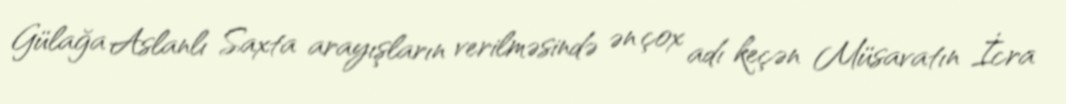
Gülağa Aslanlı Saxta arayışların verilməsində ən çox adı keçən Müsavatın İcra